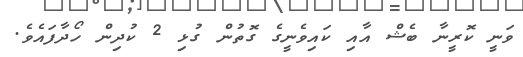
ވަނީ ކޮރީނާ ބެޝް އާއި ކައިވެނީގެ ގޮތުން ގުޅި 2 ކުދިން ހޯދާފައެވެ.